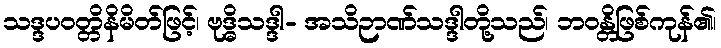
သဒ္ဒပဝတ္တိနိမိတ်ဖြင့်၊ ဗုဒ္ဓိသဒ္ဒါ- အသိဉာဏ်သဒ္ဒါတို့သည်၊ ဘဝန္တိဖြစ်ကုန်၏၊